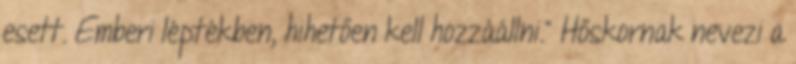
esett. Emberi léptékben, hihetően kell hozzáállni.” Hőskornak nevezi a